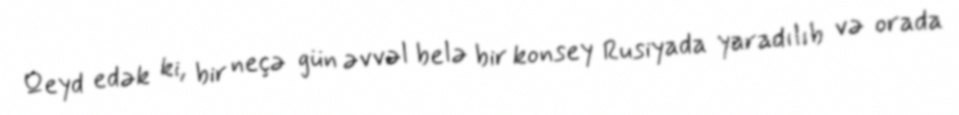
Qeyd edək ki, bir neçə gün əvvəl belə bir konsey Rusiyada yaradılıb və orada